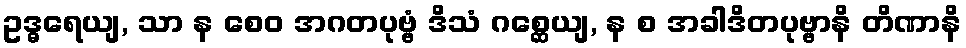
ဥဒ္ဓရေယျ, သာ န စေဝ အဂတပုဗ္ဗံ ဒိသံ ဂစ္ဆေယျ, န စ အခါဒိတပုဗ္ဗာနိ တိဏာနိ